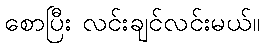
စောပြီး လင်းချင်လင်းမယ်။